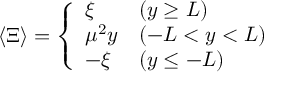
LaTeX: \langle \Xi \rangle = \left\{ \begin{array} { l l } { { \xi } } & { { ( y \geq L ) } } \\ { { \mu ^ { 2 } y } } & { { ( - L < y < L ) } } \\ { { - \xi } } & { { ( y \leq - L ) } } \end{array} \right.